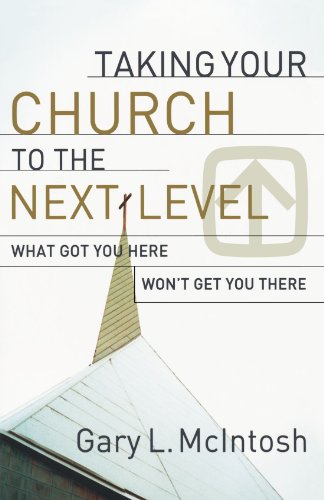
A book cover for Taking Your Church to the Next Level: What Got You Here Won't Get You There; Gary L. McIntosh; Christian Books & Bibles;